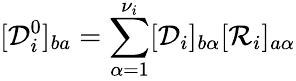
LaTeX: [{\mathcal{D}}_{i}^{0}]_{ba}=\sum_{\alpha=1}^{\nu_{i}}[\mathcal{D}_{i}]_{b\alpha}[\mathcal{R}_{i}]_{a\alpha}